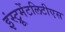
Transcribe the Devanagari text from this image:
इंस्ट्रूमेंटलिटीएस